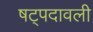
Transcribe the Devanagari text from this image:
षट्पदावली